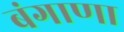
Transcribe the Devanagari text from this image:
बंगाणा